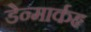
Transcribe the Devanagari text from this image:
डेन्मार्कहृ